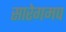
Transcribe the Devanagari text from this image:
सारेगमप